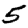
Digit: 5